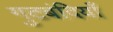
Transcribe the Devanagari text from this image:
गुटबंदियाँ